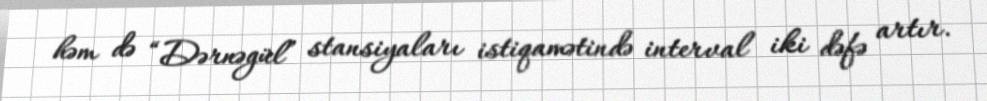
həm də “Dərnəgül” stansiyaları istiqamətində interval iki dəfə artır.